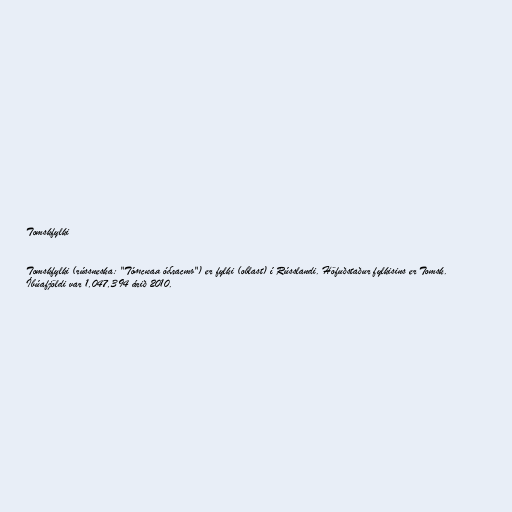
Tomskfylki

Tomskfylki (rússneska: "То́мская о́бласть") er fylki (oblast) í Rússlandi. Höfuðstaður fylkisins er Tomsk.
Íbúafjöldi var 1,047,394 árið 2010.